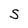
Character: S